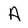
Character: A